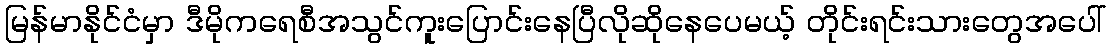
မြန်မာနိုင်ငံမှာ ဒီမိုကရေစီအသွင်ကူးပြောင်းနေပြီလိုဆိုနေပေမယ့် တိုင်းရင်းသားတွေအပေါ်